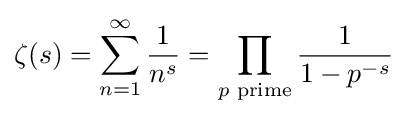
\zeta (s)=\sum _{n=1}^{\infty }{\frac {1}{n^{s}}}=\prod _{p{\text{ prime}}}{\frac {1}{1-p^{-s}}}